Annual vaccination report of Bihar and Orissa - 1911-1928
Year: 1911
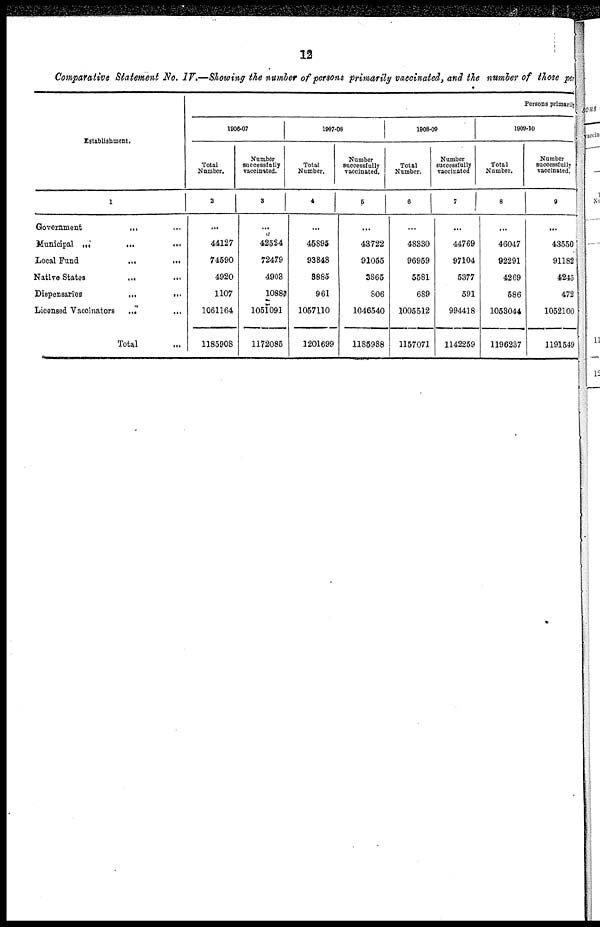
12
Comparative Statement No. IV.—Showing the number of persons primarily vaccinated, and the number of those per
Establishment.
1
Government
...
...
Municipal ... ... ...
Local Fund ... ...
Native States
...
...
Dispensaries
...
...
Licensed Vaccinators
...
...
Total ...
Persons primarily
1906-07
Total
Number.
2
...
44127
74590
4920
1107
1061164
1185908
Number
successfully
vaccinated.
3
...
42524
72479
4903
1088
1051091
1172085
1907-08
Total
Number.
4
...
45895
93848
3885
961
1057110
1201699
Number
successfully
vaccinated.
5
...
43722
91055
3865
806
1046540
1185988
1908-09
Total
Number.
6
...
48330
96959
5581
689
1005512
1157071
Number
successfully
vaccinated
7
...
44769
97104
5377
591
994418
1142259
1909-10
Total
Number.
8
...
46047
92291
4269
586
1053044
1196237
Number
successfully
vaccinated.
9
...
43550
91182
4245
472
1052100
1191549